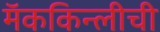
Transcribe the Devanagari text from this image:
मॅककिन्लीची